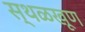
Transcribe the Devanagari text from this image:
स्थळखूण